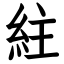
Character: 紸